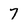
Character: 7